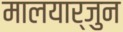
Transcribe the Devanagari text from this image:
मालयार्जुन